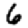
Digit: 6